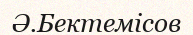
Ә.Бектемісов